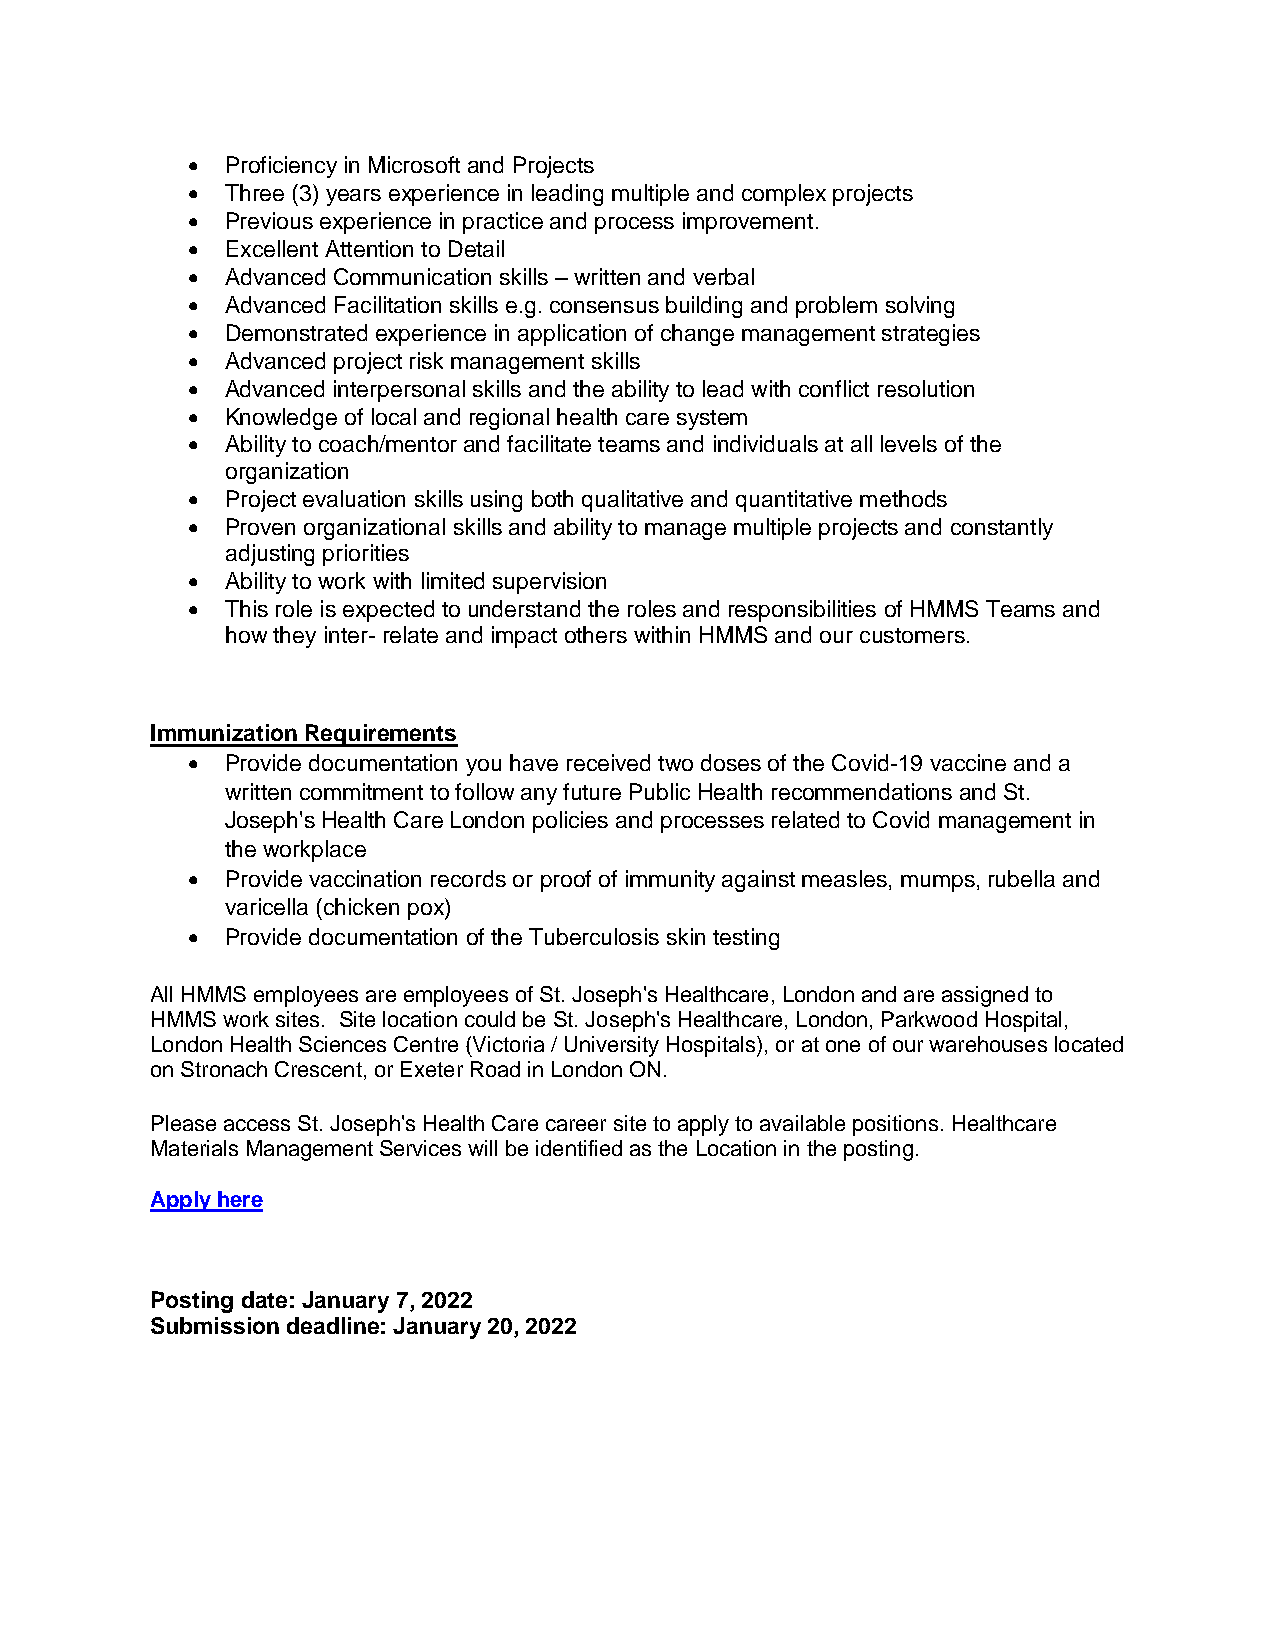
•  Proficiency in Microsoft and Projects
 •  Three (3) years experience in leading multiple and complex projects
 •  Previous experience in practice and process improvement.
 •  Excellent Attention to Detail
 •  Advanced Communication skills – written and verbal
 •  Advanced Facilitation skills e.g. consensus building and problem solving
 •  Demonstrated experience in application of change management strategies
 •  Advanced project risk management skills
 •  Advanced interpersonal skills and the ability to lead with conflict resolution
 •  Knowledge of local and regional health care system
 •  Ability to coach/mentor and facilitate teams and individuals at all levels of the
 organization
 •  Project evaluation skills using both qualitative and quantitative methods
 •  Proven organizational skills and ability to manage multiple projects and constantly
 adjusting priorities
 •  Ability to work with limited supervision
 •  This role is expected to understand the roles and responsibilities of HMMS Teams and
 how they inter- relate and impact others within HMMS and our customers.
 Immunization Requirements
 •  Provide documentation you have received two doses of the Covid-19 vaccine and a
 written commitment to follow any future Public Health recommendations and St.
 Joseph's Health Care London policies and processes related to Covid management in
 the workplace
 •  Provide vaccination records or proof of immunity against measles, mumps, rubella and
 varicella (chicken pox)
 •  Provide documentation of the Tuberculosis skin testing
 All HMMS employees are employees of St. Joseph's Healthcare, London and are assigned to
 HMMS work sites. Site location could be St. Joseph's Healthcare, London, Parkwood Hospital,
 London Health Sciences Centre (Victoria / University Hospitals), or at one of our warehouses located
 on Stronach Crescent, or Exeter Road in London ON.
 Please access St. Joseph's Health Care career site to apply to available positions. Healthcare
 Materials Management Services will be identified as the Location in the posting.
 Apply here
 Posting date: January 7, 2022
 Submission deadline: January 20, 2022